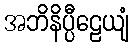
အဘိနိပ္ပီဠေယျံ